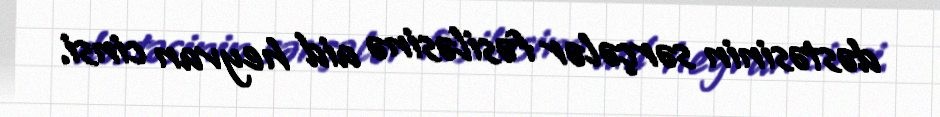
dəstəsinin sərçələr fəsiləsinə aid heyvan cinsi.